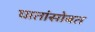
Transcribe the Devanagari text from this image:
घातांसोबत